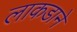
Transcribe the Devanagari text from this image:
लाकडाने